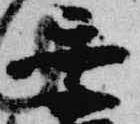
季